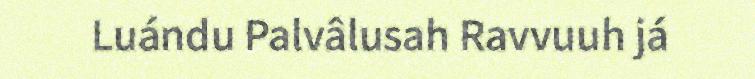
Luándu Palvâlusah Ravvuuh já